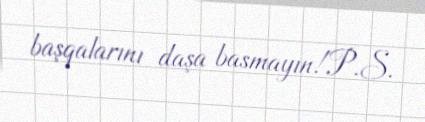
başqalarını daşa basmayın!P.S.